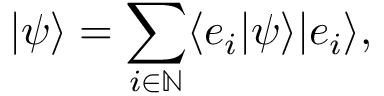
| \psi \rangle = \sum _ { i \in \mathbb { N } } \langle e _ { i } | \psi \rangle | e _ { i } \rangle ,